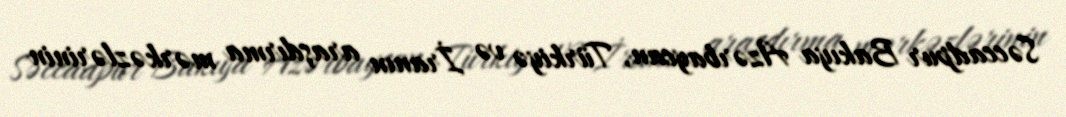
Səccadpur Bakıya Azərbaycan, Türkiyə və İranın araşdırma mərkəzlərinin